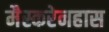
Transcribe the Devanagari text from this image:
मैस्करेनहास